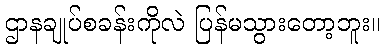
ဌာနချုပ်စခန်းကိုလဲ ပြန်မသွားတော့ဘူး။